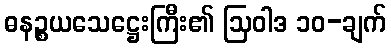
ဓနဉ္စယသေဋ္ဌေးကြီး၏ ဩဝါဒ ၁၀-ချက်